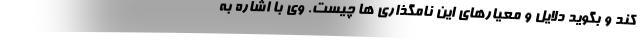
کند و بگوید دلایل و معیارهای این نامگذاری ها چیست. وی با اشاره به